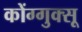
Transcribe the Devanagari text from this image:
कोंग्गुक्सू